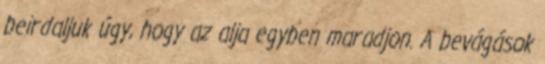
beirdaljuk úgy, hogy az alja egyben maradjon. A bevágások